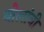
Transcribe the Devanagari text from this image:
बोलांनी